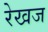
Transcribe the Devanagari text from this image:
रेखज